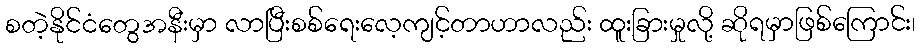
စတဲ့နိုင်ငံတွေအနီးမှာ လာပြီးစစ်ရေးလေ့ကျင့်တာဟာလည်း ထူးခြားမှုလို့ ဆိုရမှာဖြစ်ကြောင်း၊